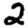
Digit: 2